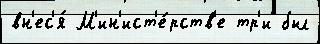
вн'ес'я́ М'ин'ист'е́рств'е тр'и был